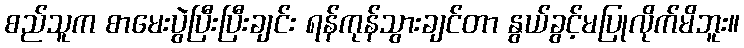
စည်သူက စာမေးပွဲပြီးပြီးချင်း ရန်ကုန်သွားချင်တာ နွယ်ခွင့်မပြုလိုက်မိဘူး။